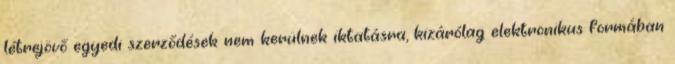
létrejövő egyedi szerződések nem kerülnek iktatásra, kizárólag elektronikus formában